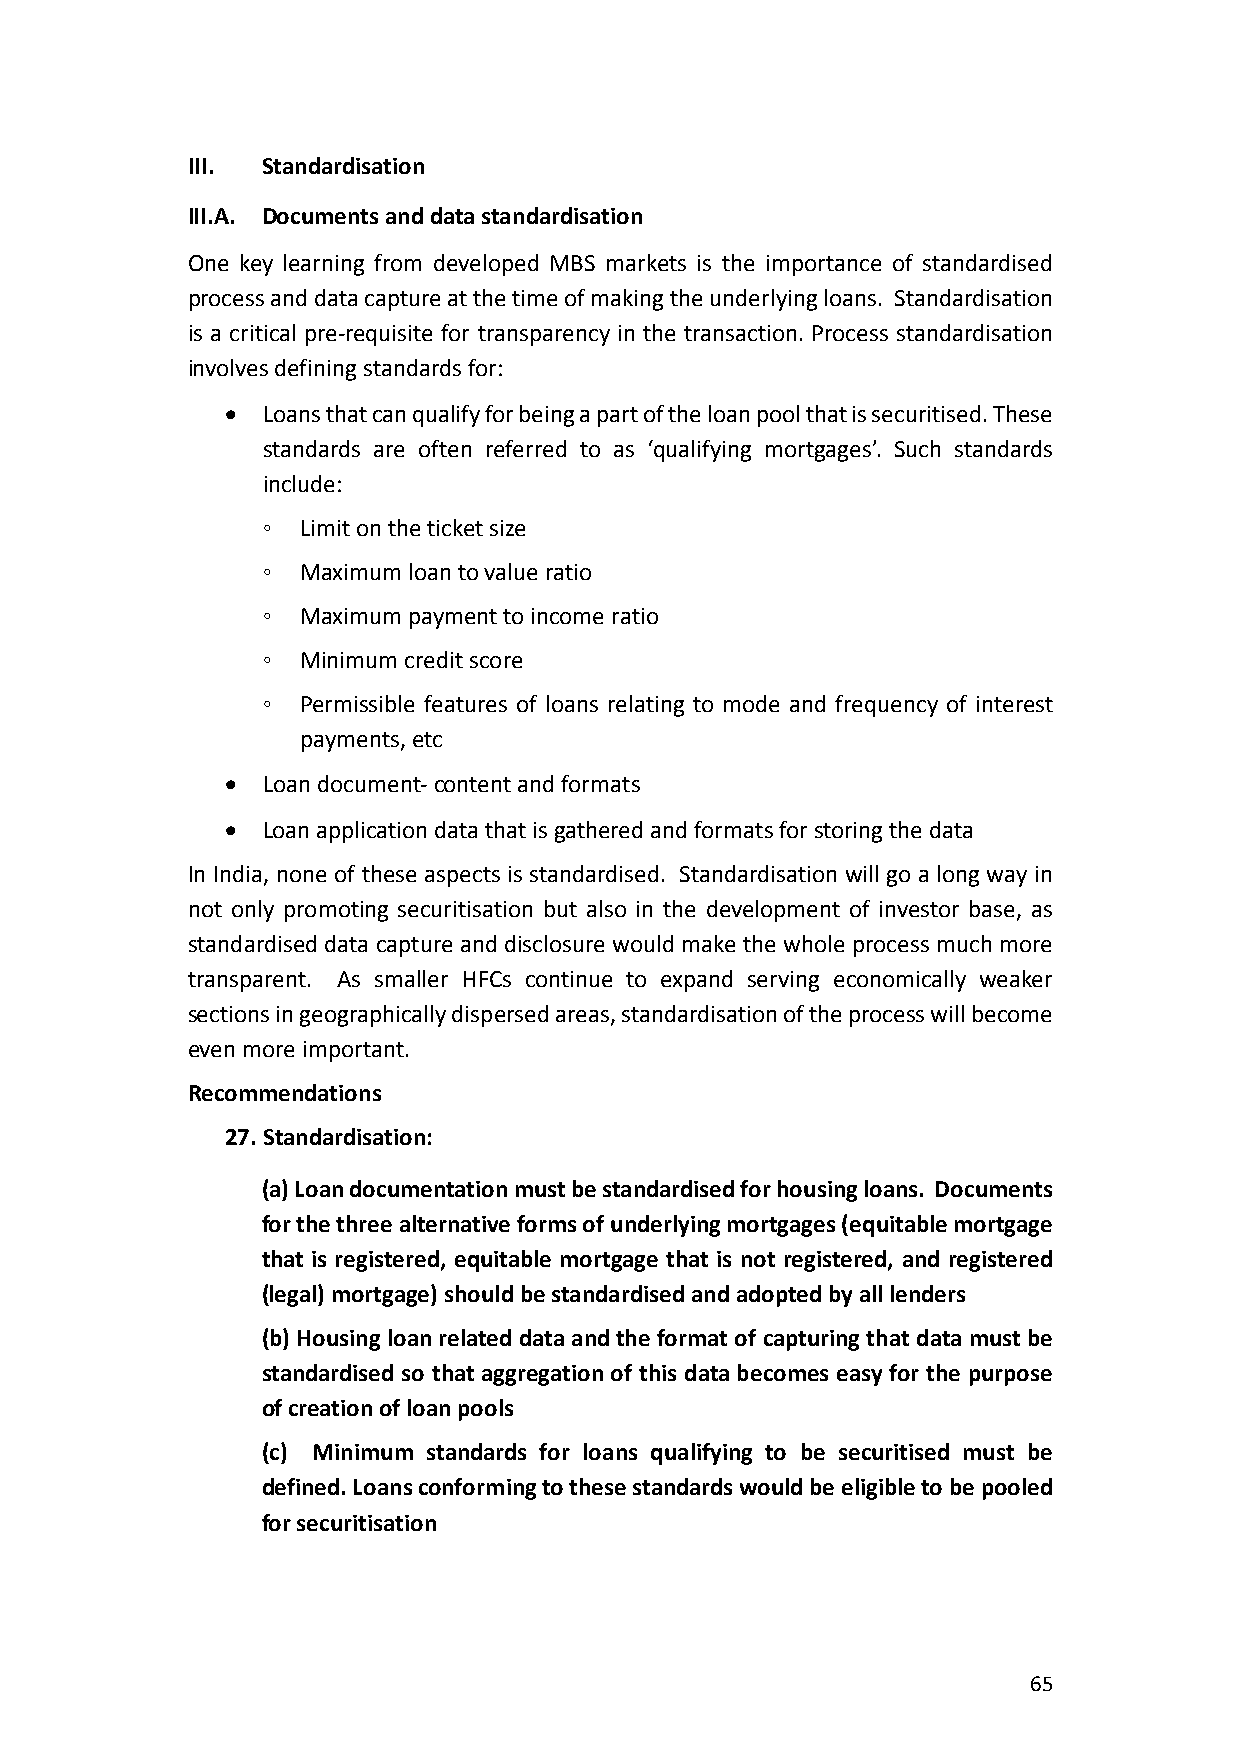
III. Standardisation
 III.A. Documents and data standardisation
 One key learning from developed MBS markets is the importance of standardised
 process and data capture at the time of making the underlying loans. Standardisation
 is a critical pre-requisite for transparency in the transaction. Process standardisation
 involves defining standards for:
 • Loans that can qualify for being a part of the loan pool that is securitised. These
 standards are often referred to as ‘qualifying mortgages’. Such standards
 include:
 ◦  Limit on the ticket size
 ◦  Maximum loan to value ratio
 ◦  Maximum payment to income ratio
 ◦  Minimum credit score
 ◦  Permissible features of loans relating to mode and frequency of interest
 payments, etc
 • Loan document- content and formats
 • Loan application data that is gathered and formats for storing the data
 In India, none of these aspects is standardised. Standardisation will go a long way in
 not only promoting securitisation but also in the development of investor base, as
 standardised data capture and disclosure would make the whole process much more
 transparent. As smaller HFCs continue to expand serving economically weaker
 sections in geographically dispersed areas, standardisation of the process will become
 even more important.
 Recommendations
 27. Standardisation:
 (a) Loan documentation must be standardised for housing loans. Documents
 for the three alternative forms of underlying mortgages (equitable mortgage
 that is registered, equitable mortgage that is not registered, and registered
 (legal) mortgage) should be standardised and adopted by all lenders
 (b) Housing loan related data and the format of capturing that data must be
 standardised so that aggregation of this data becomes easy for the purpose
 of creation of loan pools
 (c) Minimum standards for loans qualifying to be securitised must be
 defined. Loans conforming to these standards would be eligible to be pooled
 for securitisation
 65